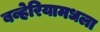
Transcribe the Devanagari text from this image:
बव्हेरियामधला